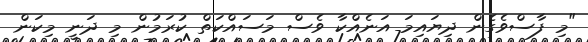
"މި ފާސްވެގެން ދިޔައިމަ އަނެއްކާ ވެސް މަސައްކަތް ކުރަމުން މި ދަނީ މިކަން